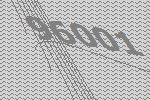
96001